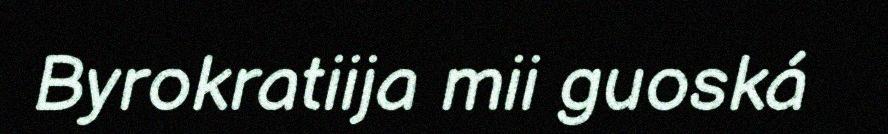
Byrokratiija mii guoská